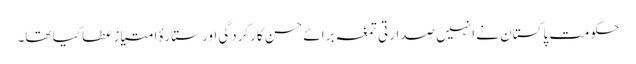
حکومت پاکستان نے انہیں صدارتی تمغہ برائے حسن کارکردگی اور ستارۂ امتیاز عطا کیا تھا۔